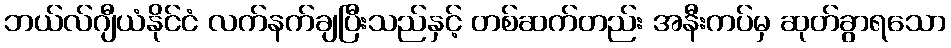
ဘယ်လ်ဂျီယံနိုင်ငံ လက်နက်ချပြီးသည်နှင့် တစ်ဆက်တည်း အနီးကပ်မှ ဆုတ်ခွာရသော